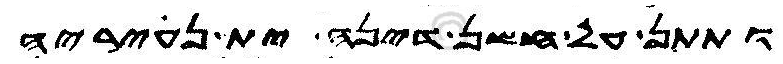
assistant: ותתן על חשן דינה ית נעיריה